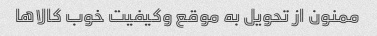
ممنون از تحویل به موقع وکیفیت خوب کالاها